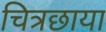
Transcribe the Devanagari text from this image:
चित्रछाया